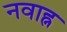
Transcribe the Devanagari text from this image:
नवाह्न